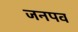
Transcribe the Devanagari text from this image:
जनपव